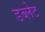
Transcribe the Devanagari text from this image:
डब्लेट